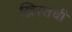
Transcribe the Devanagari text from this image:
ख्रिस्तची